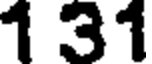
1 31